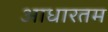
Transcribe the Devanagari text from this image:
आधारतम